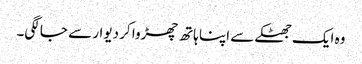
وہ ایک جھٹکے سے اپنا ہاتھ چھڑوا کر دیوار سے جا لگی۔